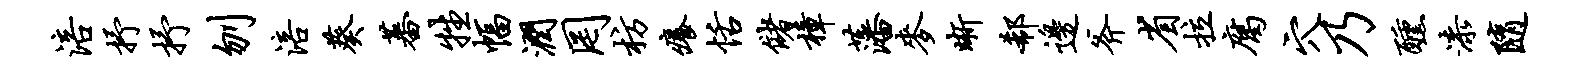
涪抒抒刎涪葵蕃牲幅润罔枋痒恬储樟藩麦晰欷边斧省拉腐穴乃醺漆随